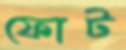
ফোট